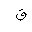
Letter: _qaf